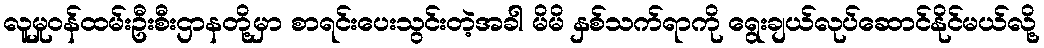
လူမှုဝန်ထမ်းဦးစီးဌာနတို့မှာ စာရင်းပေးသွင်းတဲ့အခါ မိမိ နှစ်သက်ရာကို ရွေးချယ်လုပ်ဆောင်နိုင်မယ်လို့